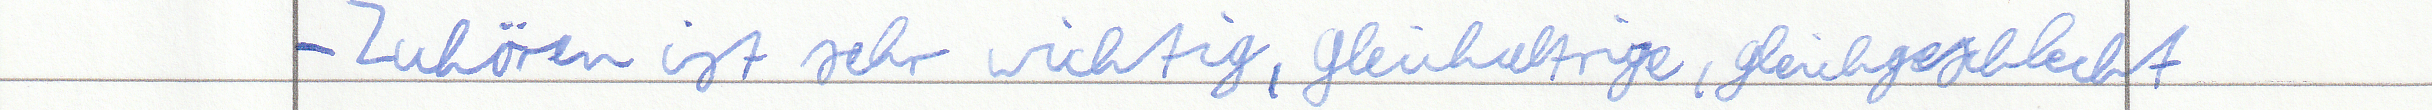
- Zuhören ist sehr wichtig, gleichaltrige, gleichgeschlecht